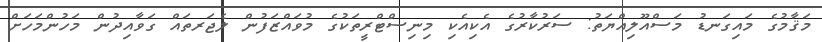
މަޤާމުގެ މައިގަނޑު މަސްއޫލިއްޔަތު: ސަރުކާރުގެ އެކިއެކި މިނިސްޓްރީތަކުގެ މުވައްޒަފުން ލެޖަރތައް ގަވާއިދުން މަހުންމަހަށް